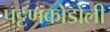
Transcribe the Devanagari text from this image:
पट्टणकोडोली